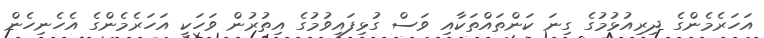
އަހަރެމެންގެ ދިރިއުޅުމުގެ ގިނަ ކަންތައްތަކާއި ވަސް ގުޅިފައިވުމުގެ އިތުރުން ވަހަކީ އަހަރެމެންގެ އެހެނިހެން